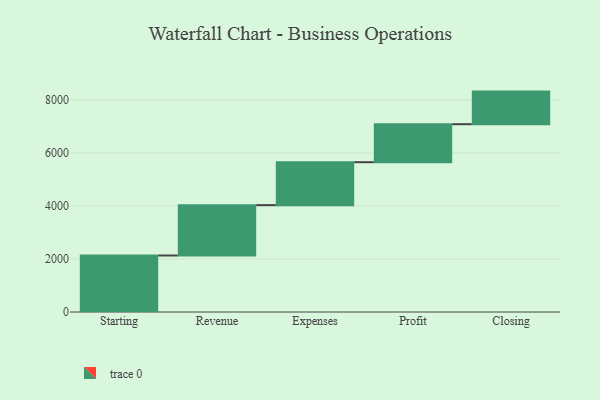
{"axis": {"x": "Step", "y": "Value"}, "legend": [""], "data": [{"x": "Starting", "y": 2132.0, "type": ""}, {"x": "Revenue", "y": 1900.0, "type": ""}, {"x": "Expenses", "y": 1620.0, "type": ""}, {"x": "Profit", "y": 1434.0, "type": ""}, {"x": "Closing", "y": 1230.0, "type": ""}]}